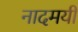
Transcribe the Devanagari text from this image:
नादमयी